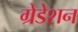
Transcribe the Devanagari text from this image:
ग्रेडेशन